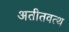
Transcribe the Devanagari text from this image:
अतीतवत्थ